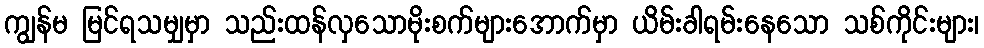
ကျွန်မ မြင်ရသမျှမှာ သည်းထန်လှသောမိုးစက်များအောက်မှာ ယိမ်းခါရမ်းနေသော သစ်ကိုင်းများ၊